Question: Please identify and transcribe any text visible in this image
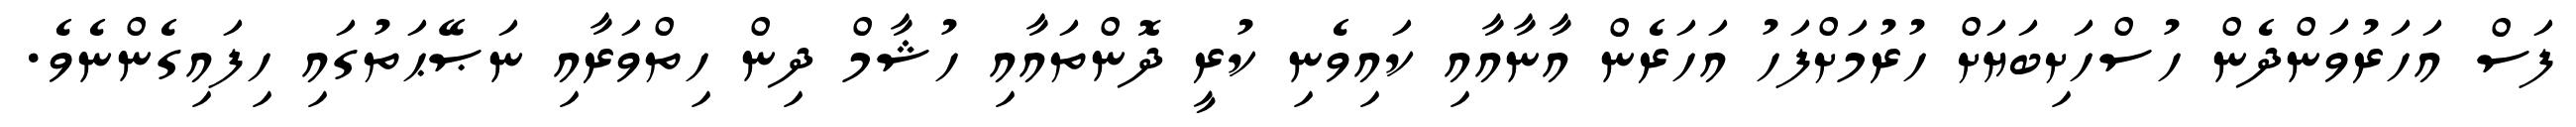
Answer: ފަސް އަހަރުވަންދެން ހުސްހަށިބަޔަށް ހުރުމަށްފަހު އަހަރެން އާނާއާއި ކައިވެނި ކުރީ ދޮންތައާއި ހުޝާމް ދިން ހިތްވަރާއި ނަޞޭޙަތުގައި ހިފައިގެންނެވެ.